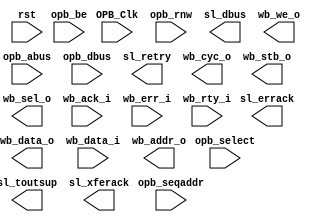
module opb2wb(	OPB_Clk, rst, 

		// OPB Slave Interface (Connect to OPB Master)
		opb_abus, opb_be, opb_dbus, opb_rnw, opb_select, opb_seqaddr,
		sl_dbus, sl_errack, sl_retry, sl_toutsup, sl_xferack,

		// WISHBONE Master Interface (Connect to WB Slave)
		wb_data_o, wb_data_i, wb_addr_o,
		wb_cyc_o, wb_stb_o, wb_sel_o, wb_we_o, wb_ack_i, wb_err_i, wb_rty_i
	);

////////////////////////////////////////////////////////////////////
//
// Parameter
//

parameter	C_BASEADDR	= 32'h8000_0000,
		C_HIGHADDR	= 32'h8000_00ff;

////////////////////////////////////////////////////////////////////
//
// Inputs & Outputs
//

// --------------------------------------
// System IO
input				OPB_Clk;
input				rst;

// --------------------------------------
// OPB Slave Interface (Connect to OPB Master)
input	[31:0]		opb_abus;
input	[3:0]		opb_be;
input	[31:0]		opb_dbus;
input			opb_rnw;
input			opb_select;
input			opb_seqaddr;

output	[31:0]		sl_dbus;
output			sl_errack;
output			sl_retry;
output			sl_toutsup;
output			sl_xferack;

// --------------------------------------
// WISHBONE Master Interface (Connect to WB Slave)
output	[31:0]		wb_data_o;
input	[31:0]		wb_data_i;
output	[31:0]		wb_addr_o;
output			wb_cyc_o, wb_stb_o;
output	[3:0]		wb_sel_o;
output			wb_we_o;
input			wb_ack_i, wb_err_i, wb_rty_i;

endmodule